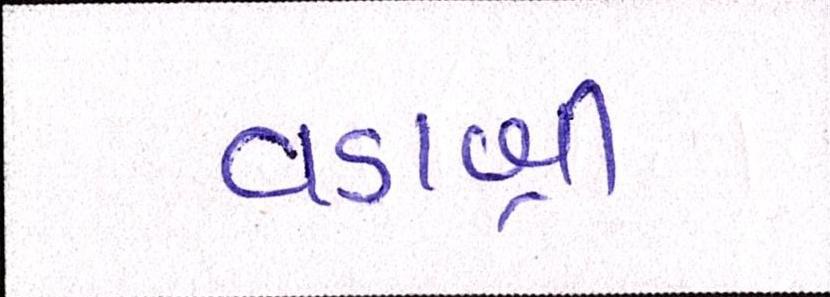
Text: વડાશ્રી